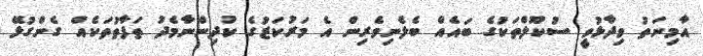
އާމިނަތު ވިދާޅުވީ ސުކޫލްތަކުގެ ބައެއް ބެލެނިވެރިން އެ މަރުކަޒުގެ ކުދިންނާމެދު ތަފާތުތަކެއް ގެންގުޅޭ